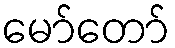
မော်တော်